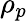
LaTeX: \rho_{p}